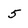
Character: 5